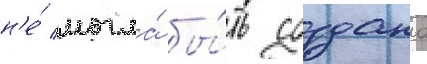
н'е́ могла́ бы́ть создана